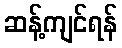
ဆန့်ကျင်ရန်